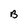
Character: B